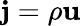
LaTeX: \mathbf{j}=\rho\mathbf{u}